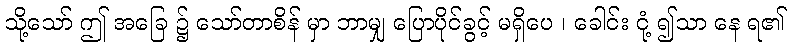
သို့သော် ဤ အခြေ ၌ သော်တာစိန် မှာ ဘာမျှ ပြောပိုင်ခွင့် မရှိပေ ၊ ခေါင်း ငုံ့ ၍သာ နေ ရ၏